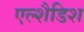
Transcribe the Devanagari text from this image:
एल्शैडिश